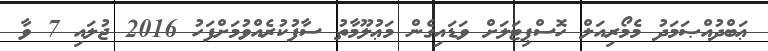
ޢަބްދުއްޞަމަދު މެމޯރިއަލް ހޮސްޕިޓަލަށް ވަޑައިގެން މަޢުލޫމާތު ސާފުކުރެއްވުމަށްފަހު 2016 ޖުލައި 7 ވާ